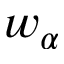
w _ { \alpha }